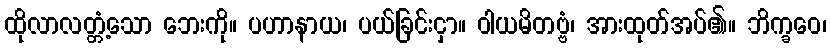
ထိုလာလတ္တံ့သော ဘေးကို။ ပဟာနာယ၊ ပယ်ခြင်းငှာ။ ဝါယမိတဗ္ဗံ၊ အားထုတ်အပ်၏။ ဘိက္ခဝေ၊